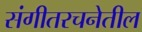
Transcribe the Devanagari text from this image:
संगीतरचनेतील